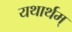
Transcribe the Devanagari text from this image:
यथार्थम्